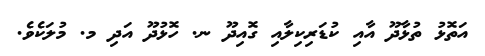
އަތޮޅު ތުޅާދޫ އާއި ކުޑަރިކިލާއި ގޮއިދޫ ނ. ހޮޅުދޫ އަދި މ. މުލަކެވެ.